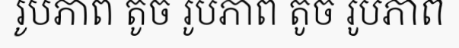
រូបភាព តូច រូបភាព តូច រូបភាព